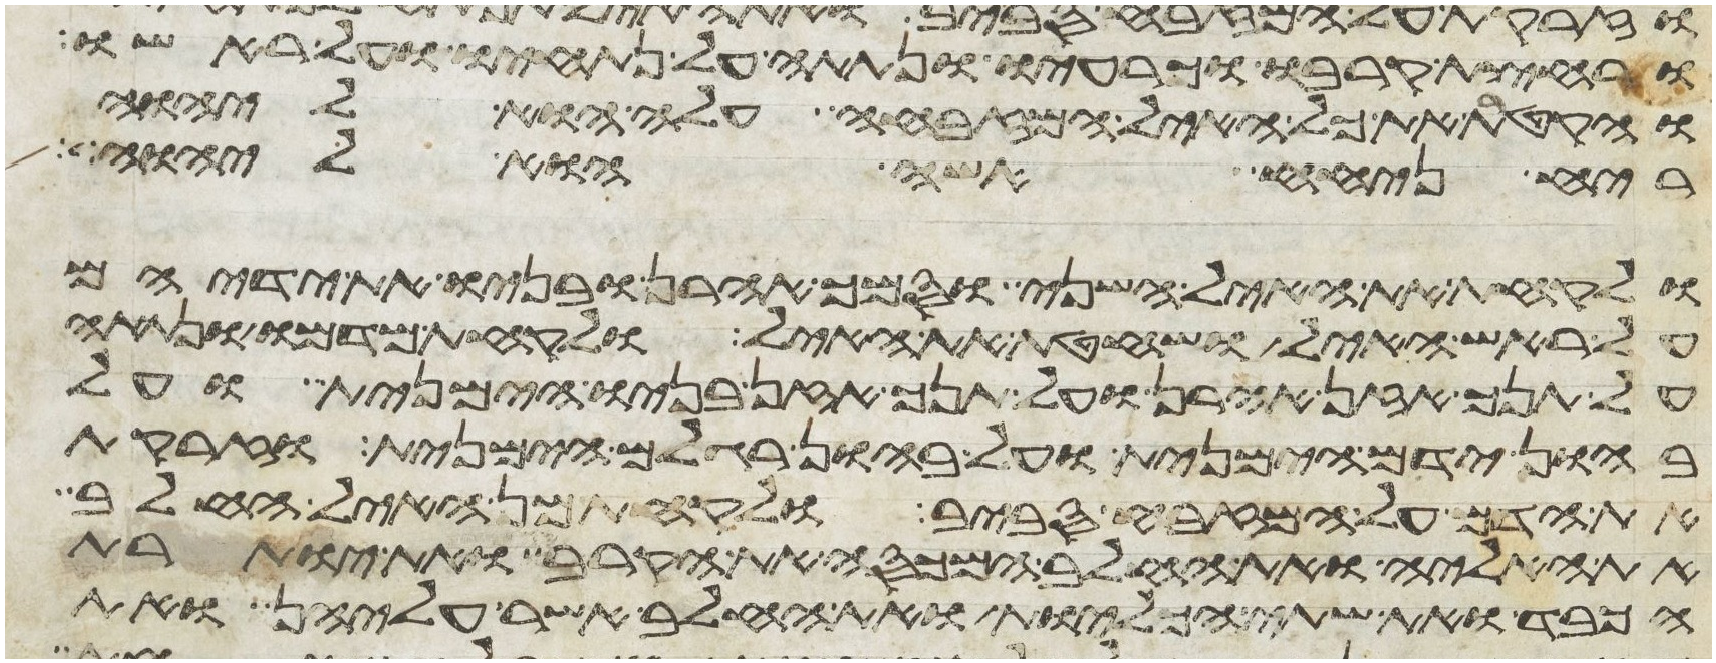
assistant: ורחצת קרבו וכרעיו ונתתה על נתחיו ועל ראשו
והקטרת את כל האיל המזבחה עלה הוא ליהוה
ריח ניחח אשה הוא ליהוה
ולקחת את האיל השני וסמך אהרן ובניו את ידיהם
על ראש האיל ושחטת את האיל ולקחת מדמו ונתתה
על תנך אזן אהרן ועל תנך אזן בניו הימנית ועל
בהון ידם הימנית ועל בהון רגלם הימנית וזרקת
את הדם על המזבח סביב ולקחת מן האיל החלב
את האליה ואת החלב המכסה את הקרב ואת יותרת
הכבד ואת שתי הכליות ואת החלב אשר עליהן ואת